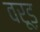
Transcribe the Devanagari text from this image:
वरूड़